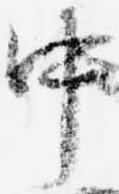
中